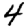
Digit: 4